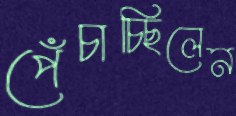
পেঁচাচ্ছিলেন